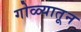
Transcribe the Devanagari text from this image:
गोळ्यातून